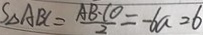
S _ { \Delta A B C } = \frac { A B \cdot C O } { 2 } = - 6 a = 6